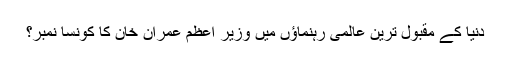
دنیا کے مقبول ترین عالمی رہنماؤں میں وزیر اعظم عمران خان کا کونسا نمبر؟